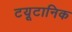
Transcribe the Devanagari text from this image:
टयूटानिक